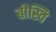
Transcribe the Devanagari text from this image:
बीस्वि